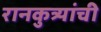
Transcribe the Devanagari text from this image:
रानकुत्र्यांची